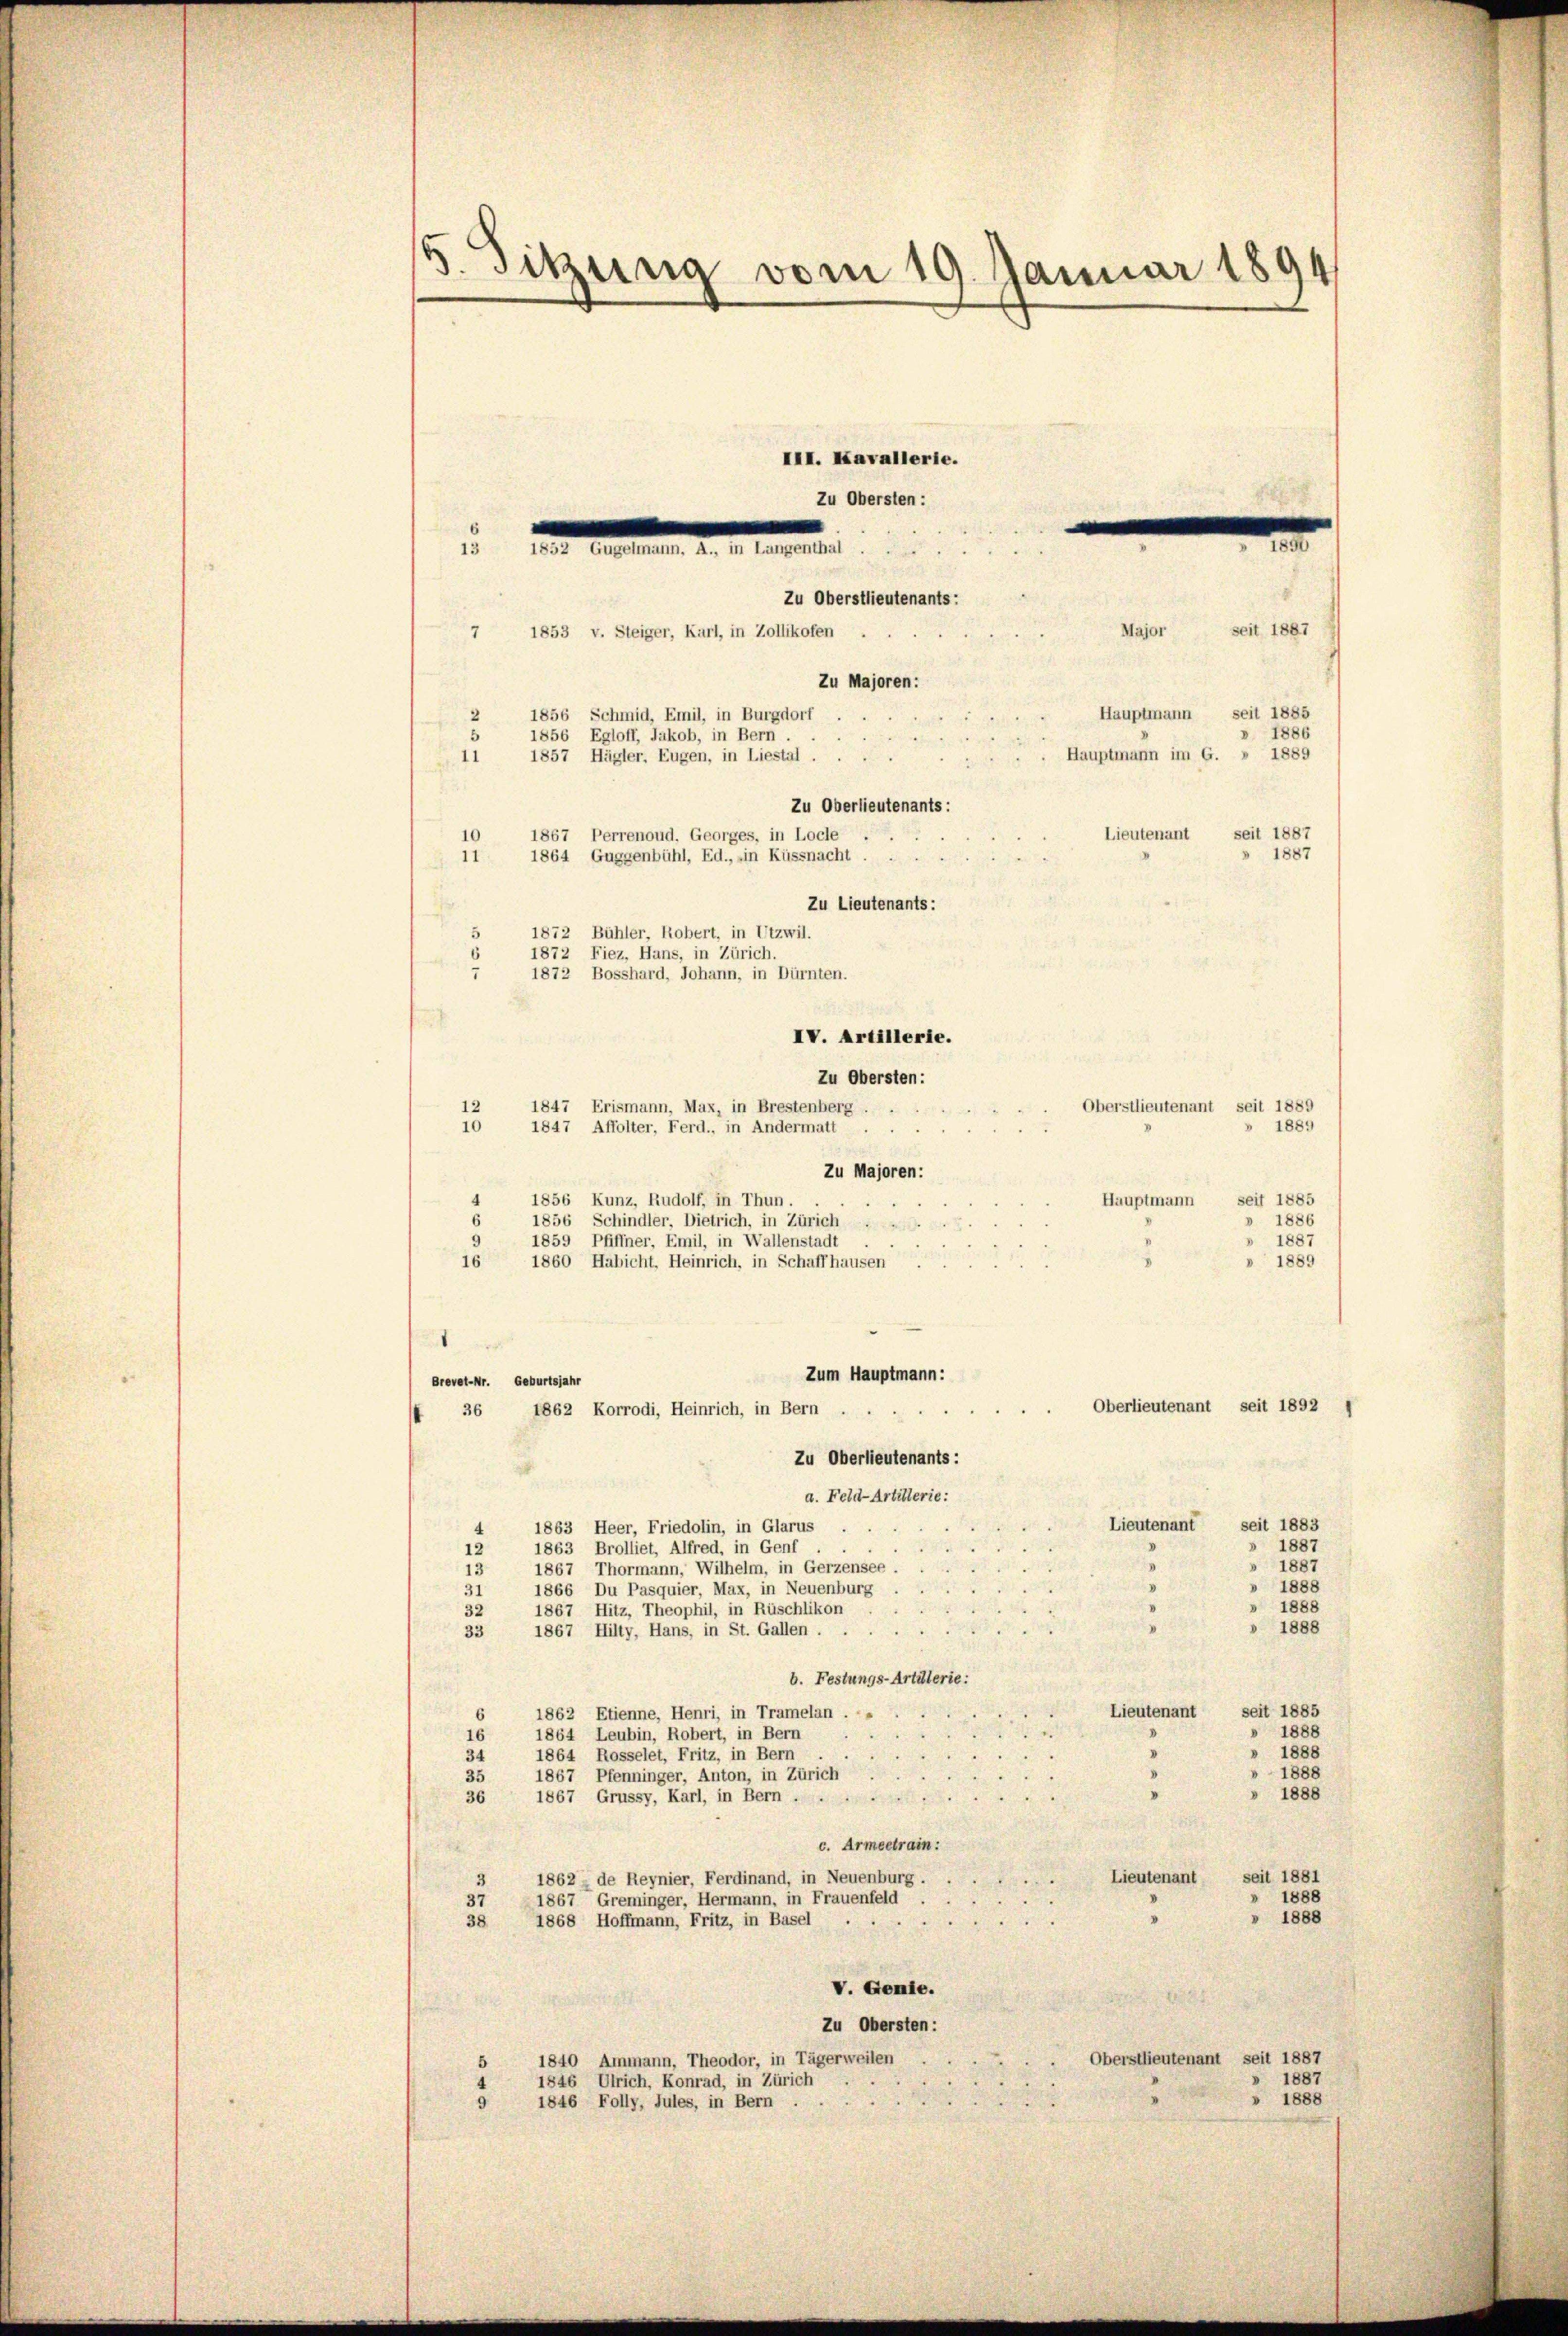
5. Sitzung vom 19. Januar 1894
III. Kavallerie.
Zu Obersten:
.

n seinen den in einen ei

2
11
Zu Lieutenants:
1872 Bühler, Robert, in Utzwil.
5
1872 Fiez, Hans, in Zürich.
.
1872 Bosshard, Johann, in Dürnten.
IV. Artillerie.
Zu Obersten:

7 1853 v. Steiger, Karl, in Zollikofen

Brevel-Nr. Geburtsjahr
36 1862 Korrodi, Heinrich, in Bern .

1856 Schmid, Emil, in Burgdorf
1856 Egloff, Jakob, in Bern .
11 1857 Hägler, Eugen, in Liestal.
10 1867 Perrenoud. Georges, in Locle
1864 Guggenbühl, Ed., in Küssnacht.

Zu Majoren:

Zu Oberlieutenants:

Zu Oberstlieutenants:

Major seit 1887
Hauptmann seit 1885
» 1886
Hauptmann im G. » 1889
Lieutenant seit 1887
1887

Oberstlieutenant seit 1889
1847 Erismann, Max, in Brestenberg . .
12
» 1889
10 1847 Affolter, Ferd., in Andermatt . .
Zu Majoren:
1856 Kunz, Rudolf, in Thun
.
Hauptmann seit 1885
1886
6
1856 Schindler, Dietrich, in Zürich
1859 Pfiffner, Emil, in Wallenstadt
1887
 1889
16 1860 Habicht, Heinrich, in Schaffhausen
8
Zum Hauptmann:
Oberlieutenant seit 1892
Zu Oberlieutenants:
a. Feld-Artillerie:
Lieutenant seit 1883
1863 Heer, Friedolin, in Glarus
1887
1863 Brolliet, Alfred, in Genf.
12
1887
1867 Thormann, Wilhelm, in Gerzensee.
13
» 1888
1866 Du Pasquier, Max, in Neuenburg
31
1888
1867 Hitz, Theophil, in Rüschlikon
32
 1888
33 1867 Hilty, Hans, in St. Gallen.
b. Festungs-Artillerie:
Lieutenant seit 1885
1862 Etienne, Henri, in Tramelan.
1888
1864 Leubin, Robert, in Bern
16
 1888
.
1864 Rosselet, Fritz, in Bern
34
 1888
35
1867 Pfenninger, Anton, in Zürich
 1888
36 1867 Grussy, Karl, in Bern ..
c. Armeetrain:
Lieutenant seit 1881
1862, de Reynier, Ferdinand, in Neuenburg.
.
1888
1867, Greminger, Hermann, in Frauenfeld
25
1888
.
38 1868 Hoffmann, Fritz, in Basel .
V. Genie.
Zu Obersten:
Oberstlieutenant seit 1887
1840 Ammann, Theodor, in Tägerweilen
5
1887
1846 Ulrich, Konrad, in Zürich
» 1888
1846 Folly, Jules, in Bern .
9